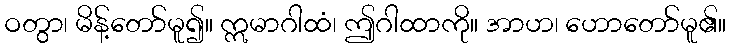
ဝတွာ၊ မိန့်တော်မူ၍။ ဣမာဂါထံ၊ ဤဂါထာကို။ အာဟ၊ ဟောတော်မူ၏။